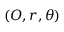
( O , r , \theta )